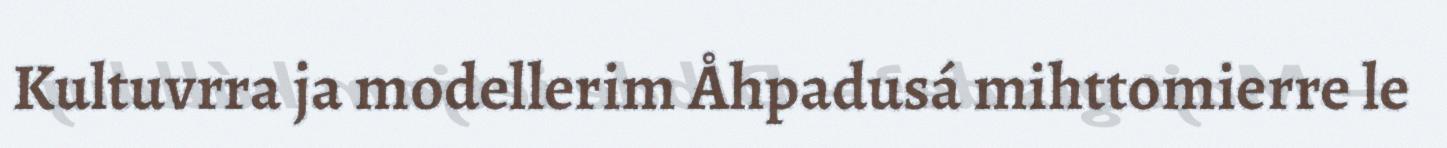
Kultuvrra ja modellerim Åhpadusá mihttomierre le